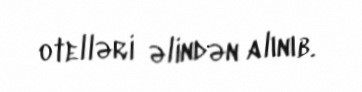
otelləri əlindən alınıb.